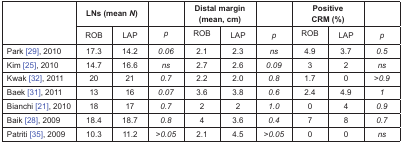
| <ROWSPAN=2>  | <COLSPAN=2> LNs (mean N) |  | <COLSPAN=2> Distal margin (mean, cm) |  | <COLSPAN=2> Positive CRM (%) |  |
 | ROB | LAP | p | ROB | LAP | p | ROB | LAP | p |
 | --- | --- | --- | --- | --- | --- | --- | --- | --- | --- |
 | Park [29], 2010 | 17.3 | 14.2 | 0.06 | 2.1 | 2.3 | ns | 4.9 | 3.7 | 0.5 |
 | Kim [25], 2010 | 14.7 | 16.6 | ns | 2.7 | 2.6 | 0.09 | 3 | 2 | ns |
 | Kwak [32], 2011 | 20 | 21 | 0.7 | 2.2 | 2.0 | 0.8 | 1.7 | 0 | >0.9 |
 | Baek [31], 2011 | 13 | 16 | 0.07 | 3.6 | 3.8 | 0.6 | 2.4 | 4.9 | 1 |
 | Bianchi [21], 2010 | 18 | 17 | 0.7 | 2 | 2 | 1.0 | 0 | 4 | 0.9 |
 | Baik [28], 2009 | 18.4 | 18.7 | 0.8 | 4 | 3.6 | 0.4 | 7 | 8 | 0.7 |
 | Patriti [35], 2009 | 10.3 | 11.2 | >0.05 | 2.1 | 4.5 | >0.05 | 0 | 0 | ns |